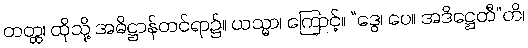
တတ္ထ၊ ထိုသို့ အဓိဋ္ဌာန်တင်ရာ၌။ ယသ္မာ၊ ကြောင့်။ “ဒွေ၊ ပေ။ အဒိဋ္ဌေတီ”တိ၊